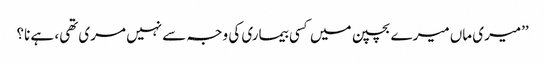
’’میری ماں میرے بچپن میں کسی بیماری کی وجہ سے نہیں مری تھی، ہے نا؟